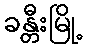
ခန္တီးမြို့